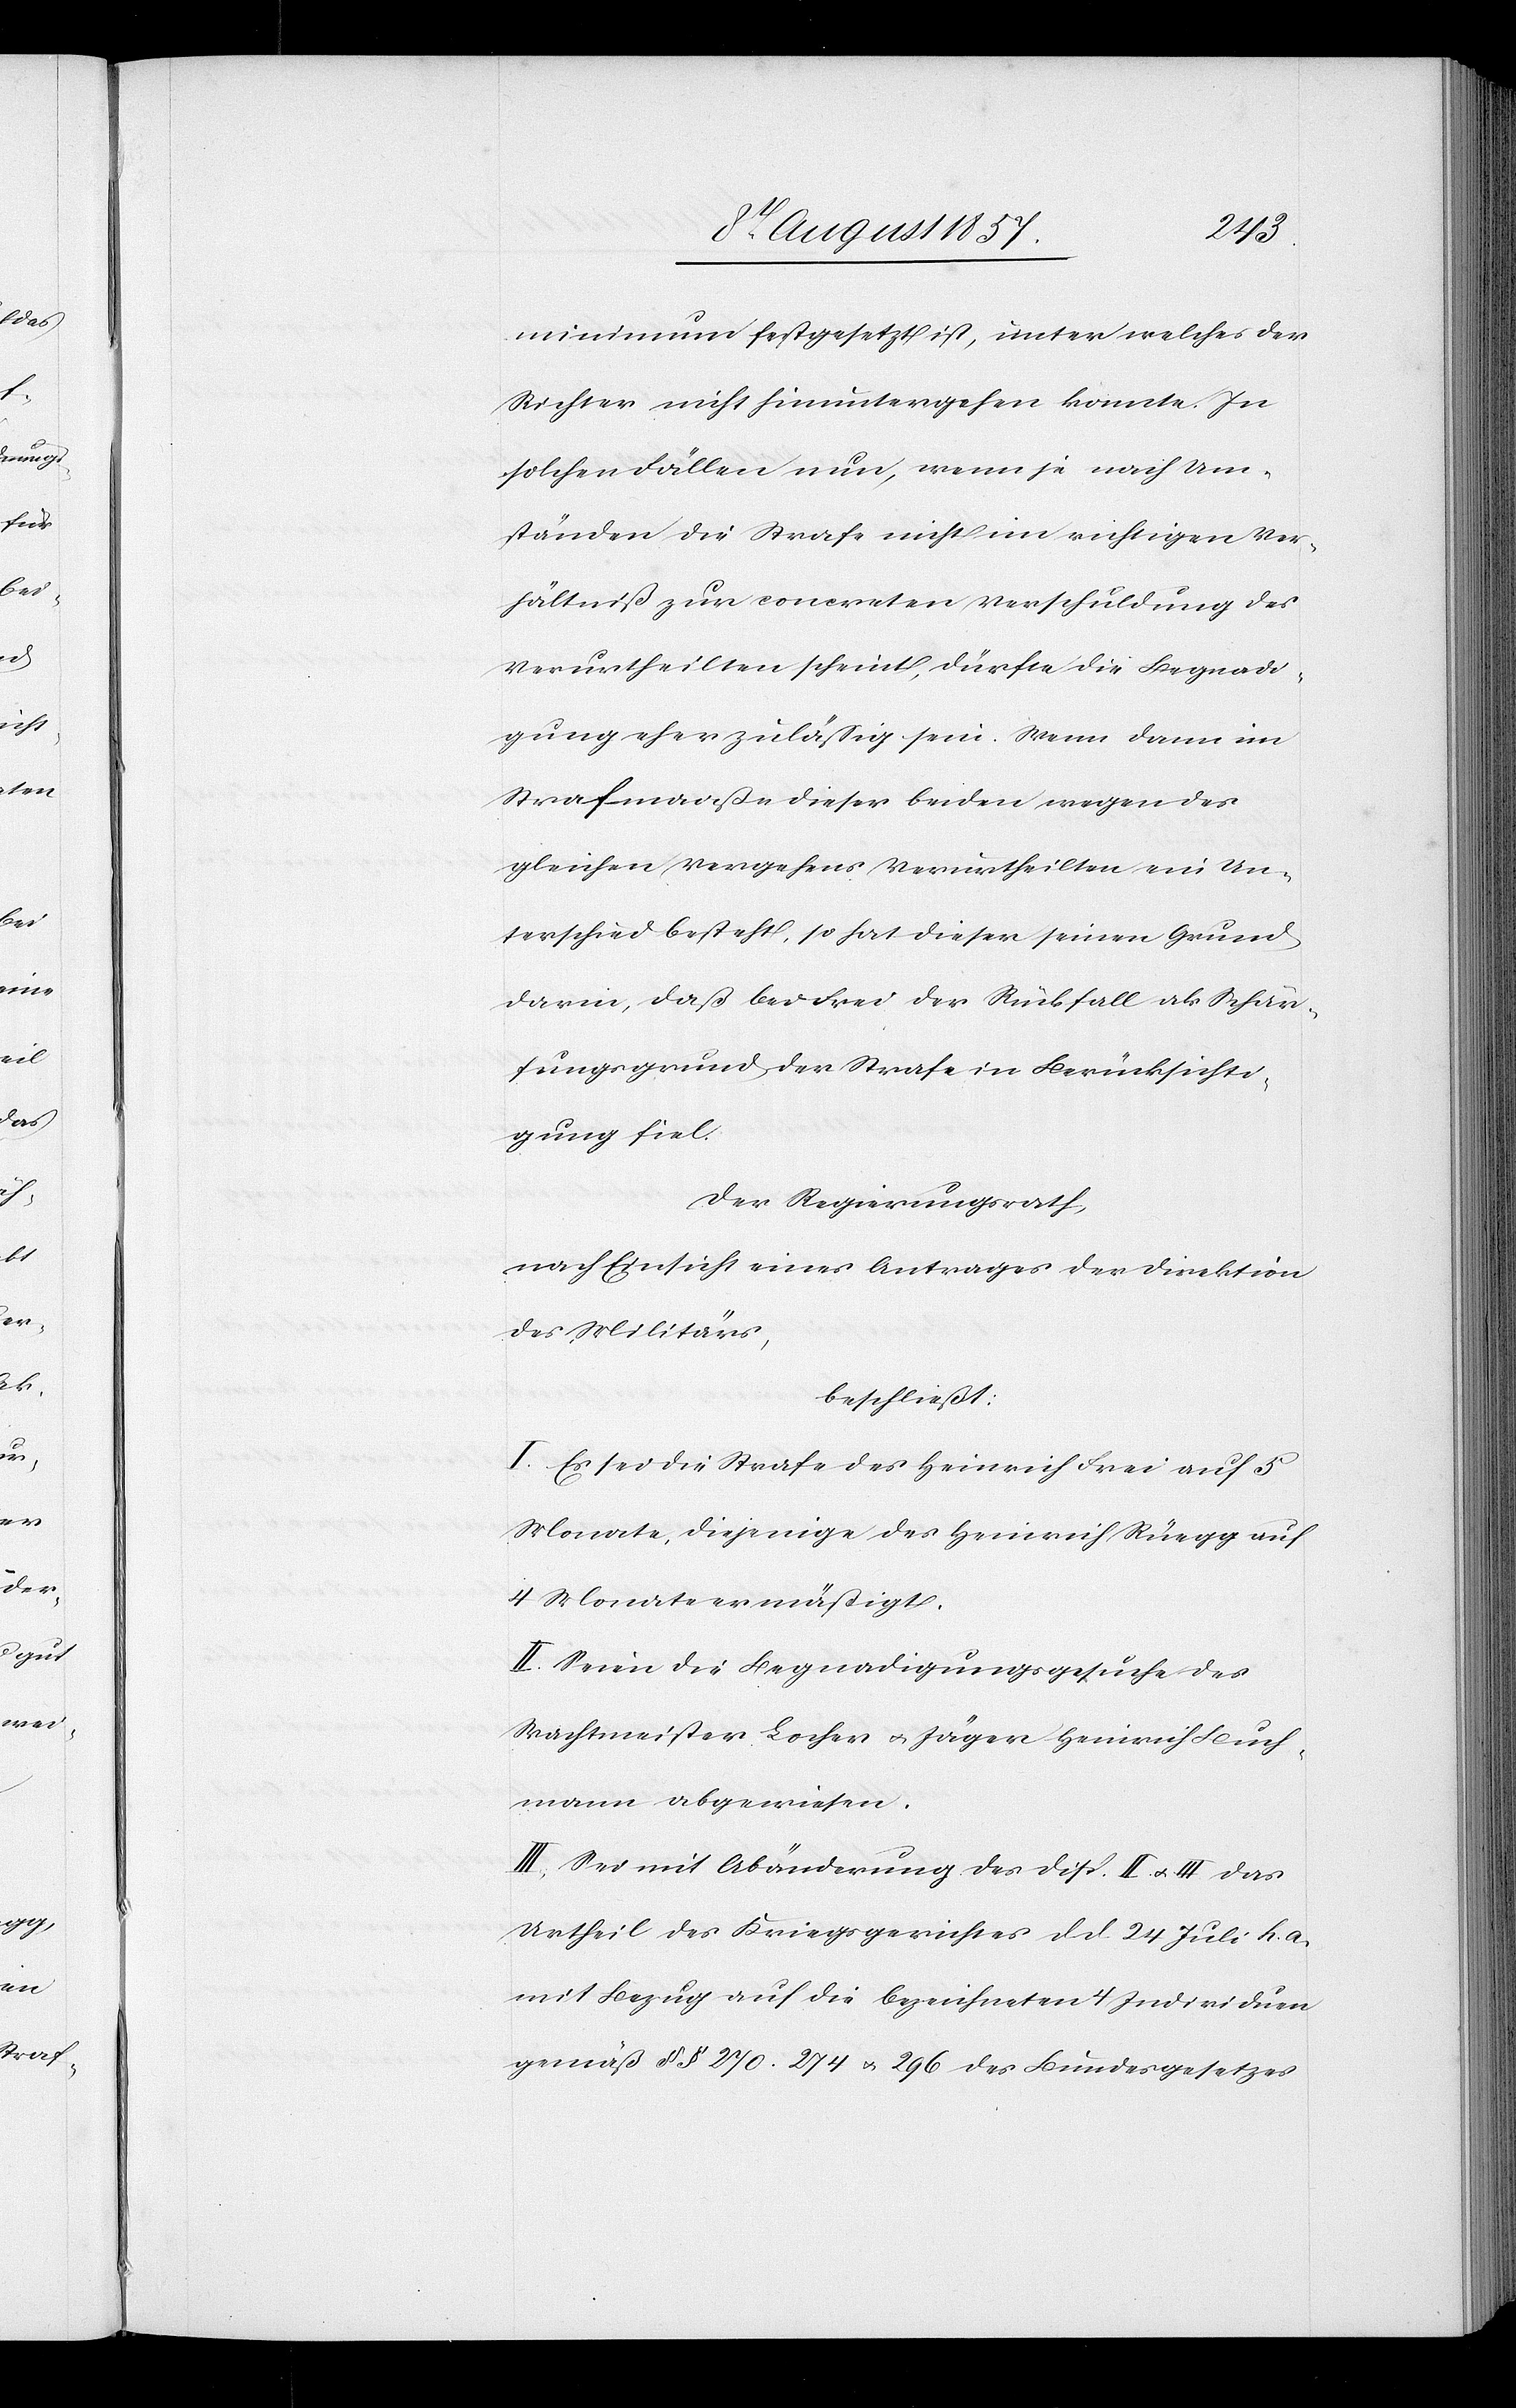
minimum festgesetzt ist, unter welches der
Richter nicht hinuntergehen konnte. In
solchen Fällen nun, wenn je nach Um¬
ständen die Strafe nicht im richtigen Vers¬
tändniß zur concreten Verschuldung des
Verurtheilten scheint, dürfte die Begnadi¬
gung eher zuläßig sein. Wenn dann im
Strafmaaße dieser beiden wegen des
gleichen Vergehens Verurtheilten ein Un¬
terschied besteht, so hat dieser seinen Grund
darin, daß bei Frei der Rückfall als Schär¬
fungsgrund der Strafe in Berücksichti¬
gung fiel.
Der Regierungsrath,
nach Einsicht eines Antrages der Direktion
des Militärs,
beschließt:
I. Es sei die Strafe des Heinrich Frei auf 5
Monate, diejenige des Heinrich Rüegg auf
4 Monate ermäßigt.
II. Seien die Begnadigungsgesuche des
Wachtmeister Locher & Jäger Heinrich Buch¬
mann abgewiesen.
III. Sei mit Abänderung des Disp. II & III das
Urtheil des Kriegsgerichtes d. d. 24 Juli h. a.
mit Bezug auf die bezeichneten 4 Individuen
gemäß §§ 270, 274 & 296 des Bundesgesetzes